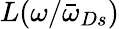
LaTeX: L(\omega/{\bar{\omega}}_{Ds})